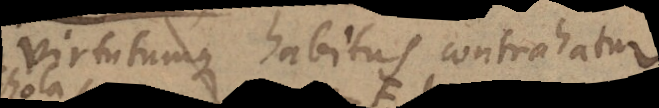
virtutumque habitus contrahatur.